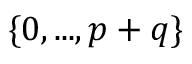
\{ 0 , . . . , p + q \}